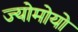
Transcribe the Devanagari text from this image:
ज्योमोयो